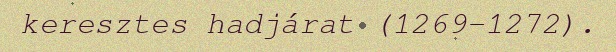
keresztes hadjárat (1269–1272).